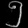
Digit: ၅